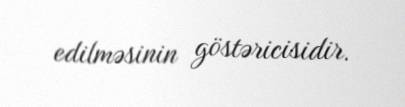
edilməsinin göstəricisidir.